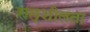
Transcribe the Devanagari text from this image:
सत्शीलता